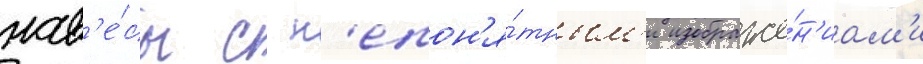
нав'е́сы с н'епон'я́тным'и изображе́н'иам'и